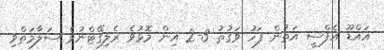
އައްޑޫ އެފްސީ އަތުން ފަހު ވަގުތު 3-2 އިން މޮޅުވެ ރެލިގޭޓްނުވެ ސަލާމަތްވި